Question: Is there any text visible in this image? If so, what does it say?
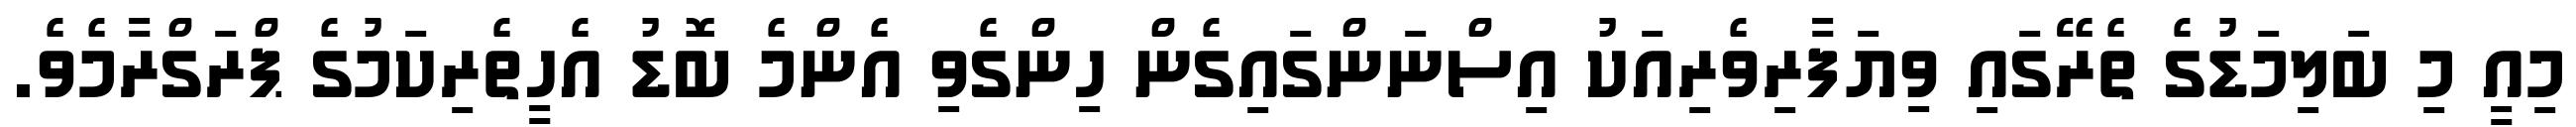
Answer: މިއީ މި ބަލިމަޑުގެ ތެރޭގައި ވިޔަފާރިވެރިއަކު އިސްނަންގައިގެން ހިންގެވި އެންމެ ބޮޑު އެހީތެރިކަމުގެ ޕްރަގްރާމެވެ.